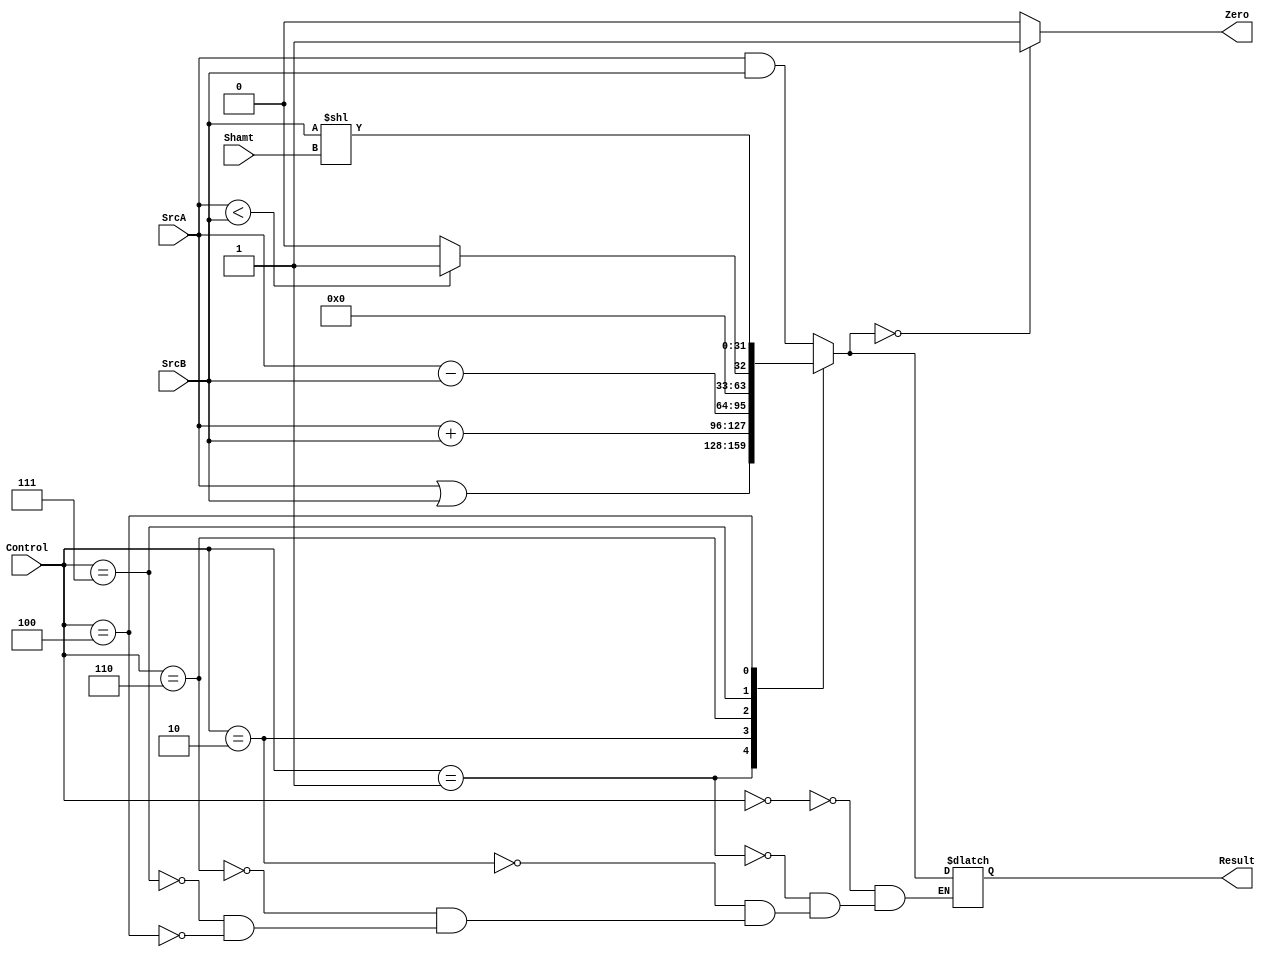
module ALU(SrcA, 
           SrcB,
           Shamt,
           Control,
           Zero, 
           Result);
  
  input [31:0]      SrcA;
  input [31:0]      SrcB;
  input [4:0]       Shamt;
  input [2:0]       Control;
  output reg        Zero;
  output reg [31:0] Result;
  
  always @(*) begin
    case(Control)
      3'b000: Result = SrcA & SrcB; //AND
      3'b001: Result = SrcA | SrcB; //OR
      3'b010: Result = SrcA + SrcB; //ADD
      3'b110: Result = SrcA - SrcB; //SUB
      3'b111: Result = (SrcA < SrcB) ? 1 : 0; //SLT
      3'b100: Result = SrcB << Shamt; //SLL
    endcase
    Zero = (Result == 0) ? 1 : 0; //ZERO
  end
endmodule